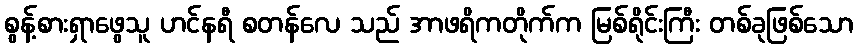
စွန့်စားရှာဖွေသူ ဟင်နရီ စတန်လေ သည် အာဖရိကတိုက်က မြစ်ရိုင်းကြီး တစ်ခုဖြစ်သော